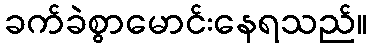
ခက်ခဲစွာမောင်းနေရသည်။